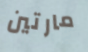
مارتين